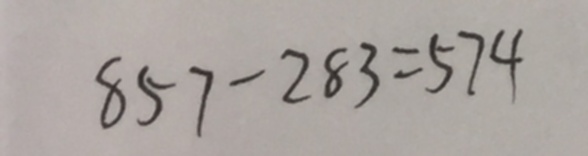
8 5 7 - 2 8 3 = 5 7 4